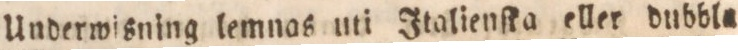
Underwisning kemnas uti Italienſka eller dubbla